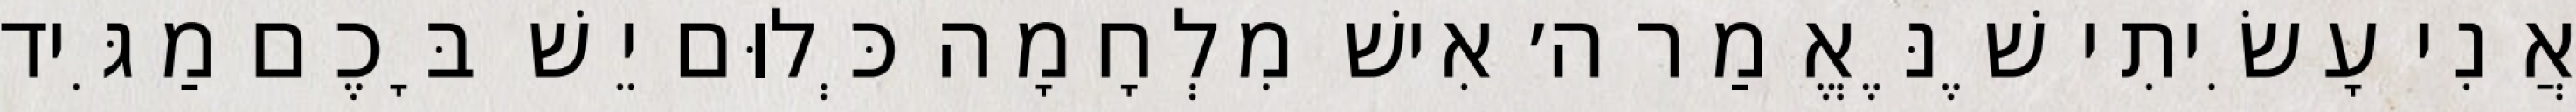
אֲנִי עָשִׂיתִי שֶׁנֶּאֱמַר ה׳ אִישׁ מִלְחָמָה כְּלוּם יֵשׁ בָּכֶם מַגִּיד